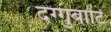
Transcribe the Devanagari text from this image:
दग्गुबाटि